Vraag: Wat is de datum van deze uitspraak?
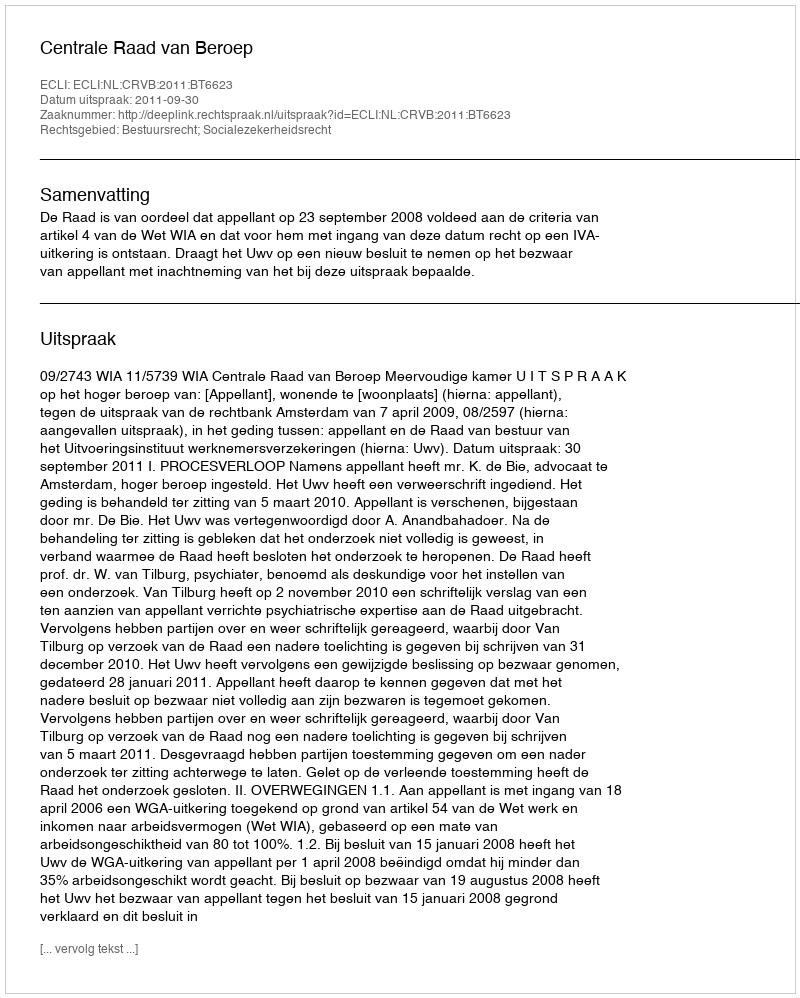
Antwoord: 2011-09-30